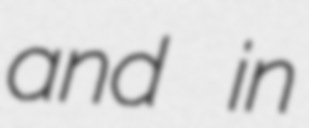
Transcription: and in